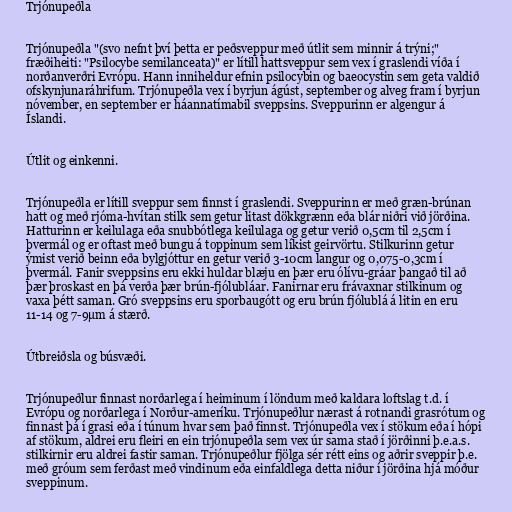
Trjónupeðla

Trjónupeðla "(svo nefnt því þetta er peðsveppur með útlit sem minnir á trýni;"
fræðiheiti: "Psilocybe semilanceata)" er lítill hattsveppur sem vex í graslendi víða í
norðanverðri Evrópu. Hann inniheldur efnin psilocybin og baeocystin sem geta valdið
ofskynjunaráhrifum. Trjónupeðla vex í byrjun ágúst, september og alveg fram í byrjun
nóvember, en september er háannatímabil sveppsins. Sveppurinn er algengur á
Íslandi.

Útlit og einkenni.

Trjónupeðla er lítill sveppur sem finnst í graslendi. Sveppurinn er með græn-brúnan
hatt og með rjóma-hvítan stilk sem getur litast dökkgrænn eða blár niðri við jörðina.
Hatturinn er keilulaga eða snubbótlega keilulaga og getur verið 0,5cm til 2,5cm í
þvermál og er oftast með bungu á toppinum sem líkist geirvörtu. Stilkurinn getur
ýmist verið beinn eða bylgjóttur en getur verið 3-10cm langur og 0,075-0,3cm í
þvermál. Fanir sveppsins eru ekki huldar blæju en þær eru ólívu-gráar þangað til að
þær þroskast en þá verða þær brún-fjólubláar. Fanirnar eru frávaxnar stilkinum og
vaxa þétt saman. Gró sveppsins eru sporbaugótt og eru brún fjólublá á litin en eru
11-14 og 7-9μm á stærð.

Útbreiðsla og búsvæði.

Trjónupeðlur finnast norðarlega í heiminum í löndum með kaldara loftslag t.d. í
Evrópu og norðarlega í Norður-ameríku. Trjónupeðlur nærast á rotnandi grasrótum og
finnast þá í grasi eða í túnum hvar sem það finnst. Trjónupeðla vex í stökum eða í hópi
af stökum, aldrei eru fleiri en ein trjónupeðla sem vex úr sama stað í jörðinni þ.e.a.s.
stilkirnir eru aldrei fastir saman. Trjónupeðlur fjölga sér rétt eins og aðrir sveppir þ.e.
með gróum sem ferðast með vindinum eða einfaldlega detta niður í jörðina hjá móður
sveppinum.